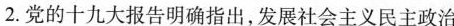
2.党的十九大报告明确指出，发展社会主义民主政治